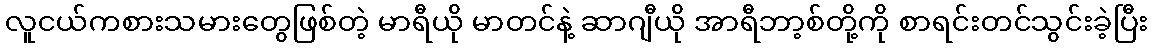
လူငယ်ကစားသမားတွေဖြစ်တဲ့ မာရီယို မာတင်နဲ့ ဆာဂျီယို အာရီဘာ့စ်တို့ကို စာရင်းတင်သွင်းခဲ့ပြီး